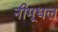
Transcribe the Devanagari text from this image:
नीमूधल